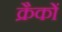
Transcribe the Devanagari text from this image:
क्रैकों